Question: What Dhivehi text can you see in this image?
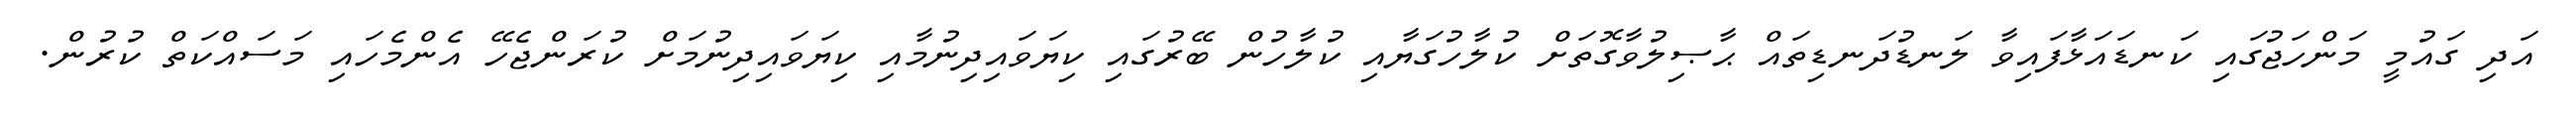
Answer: އަދި ގައުމީ މަންހަޖުގައި ކަނޑައަޅާފައިވާ ލަނޑުދަނޑިތައް ޙާޞިލުވާގޮތަށް ކުލާހުގަޔާއި ކުލާހުން ބޭރުގައި ކިޔަވައިދިނުމާއި ކިޔަވައިދިނުމަށް ކުރަންޖެހޭ އެންމެހައި މަސައްކަތް ކުރުން.